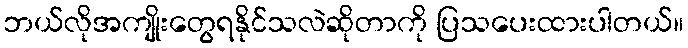
ဘယ်လိုအကျိုးတွေရနိုင်သလဲဆိုတာကို ပြသပေးထားပါတယ်။